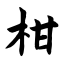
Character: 柑